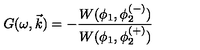
G ( \omega , \vec { k } ) = - \frac { W ( \phi _ { 1 } , \phi _ { 2 } ^ { ( - ) } ) } { W ( \phi _ { 1 } , \phi _ { 2 } ^ { ( + ) } ) }